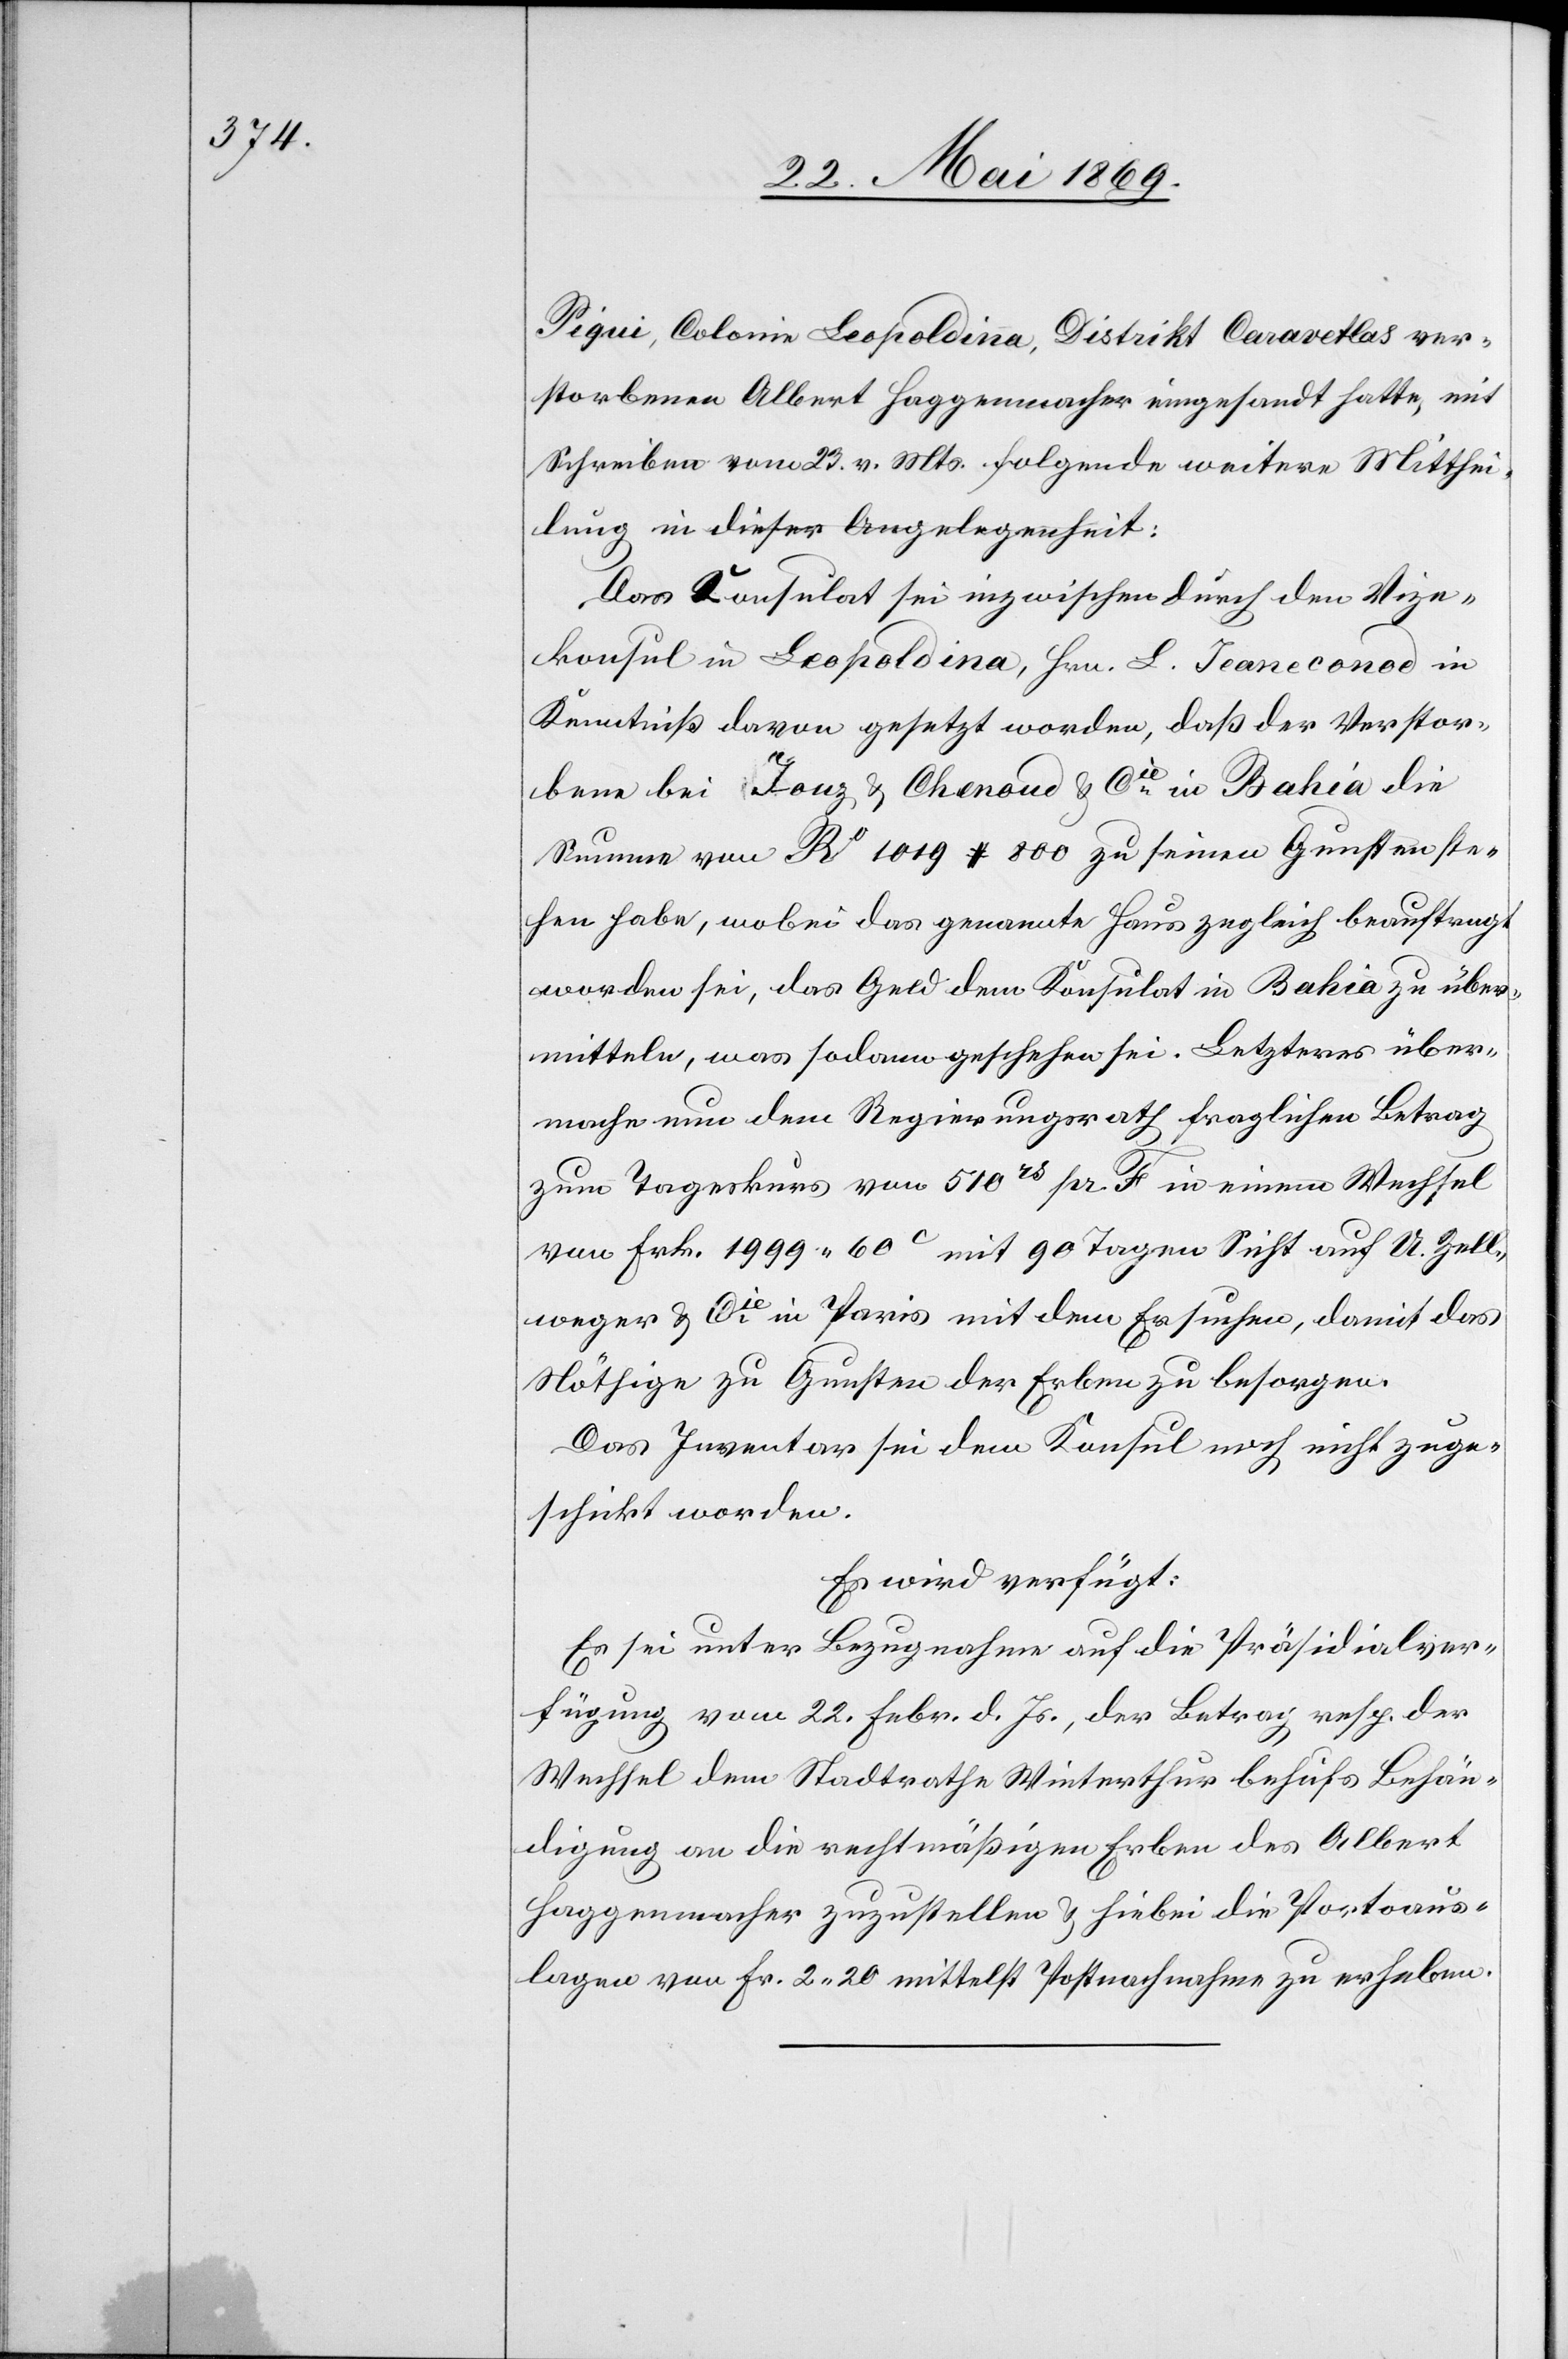
Piqui, Colonie Leopoldina, Distrikt Cararetlas ver¬
storbenen Albert Haggenmacher eingesandt hatte, mit
Schreiben vom 23. v. Mts. folgende weitere Mitthei¬
lung in dieser Angelegenheit:
Das Konsulat sei inzwischen durch den Vize¬
konsul in Leopoldina, Hrn. L. Jeaneconod in
Kenntniß davon gesetzt worden, daß der Verstor¬
bene bei Jonz u. Chenoud u. Cie in Bahia die
Summe von Ro 1019 [?] 800 zu seinen Gunsten ste¬
hen habe, wobei das genannte Haus zugleich beauftragt
worden sei, das Geld dem Konsulat in Bahia zu über¬
mitteln, was sodann geschehen sei. Letzteres über¬
mache nun dem Regierungsrath fraglichen Betrag
zum Tageskurs von 510 rs pr. F in einem Wechsel
von Frk. 1999.60c mit 90 Tagen Sicht auf A. Zell¬
weger u. Cie in Paris mit dem Ersuchen, damit das
Nöthige zu Gunsten der Erben zu besorgen.
Das Inventar sei dem Konsul noch nicht zuge¬
schickt worden.
Es wird verfügt:
Es sei unter Bezugnahme auf die Präsidialver¬
fügung vom 22. Febr. d. Js., der Betrag resp. der
Wechsel dem Stadtrathe Winterthur behufs Behän¬
digung an die rechtmäßigen Erben des Albert
Haggenmacher zuzustellen u. hiebei die Portoaus¬
lagen von Fr. 2.20 mittelst Postnachnahme zu erheben.